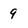
Character: 9